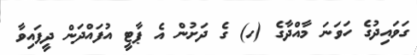
ގަވައިދުގެ ހަވަނަ މާއްދާގެ (ހ) ގެ ދަށުން އެ ޕާޓީ އުފައްދަން ދީފައިވާ